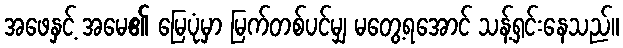
အဖေနှင့် အမေ၏ မြေပုံမှာ မြက်တစ်ပင်မျှ မတွေ့ရအောင် သန့်ရှင်းနေသည်။